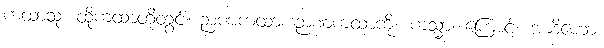
ကထာသု၊ ထိုကထာတို့တွင်။ ဉာဏကထာ၊ ဉာဏကထာကို။ ကသ္မာ၊ ကြောင့်။ အာဒိဟော၊